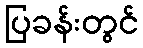
ပြခန်းတွင်